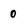
Character: 0